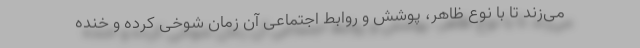
می‌زند تا با نوع ظاهر، پوشش و روابط اجتماعی آن زمان شوخی کرده و خنده